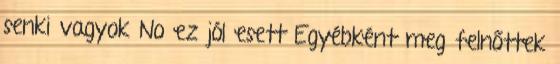
senki vagyok No ez jól esett Egyébként meg felnőttek